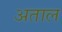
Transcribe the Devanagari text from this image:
अताल